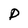
Character: P